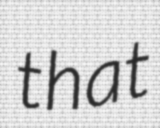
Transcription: that